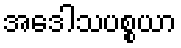
အဒေါသပစ္စယာ